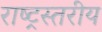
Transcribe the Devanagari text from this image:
राष्ट्रस्तरीय